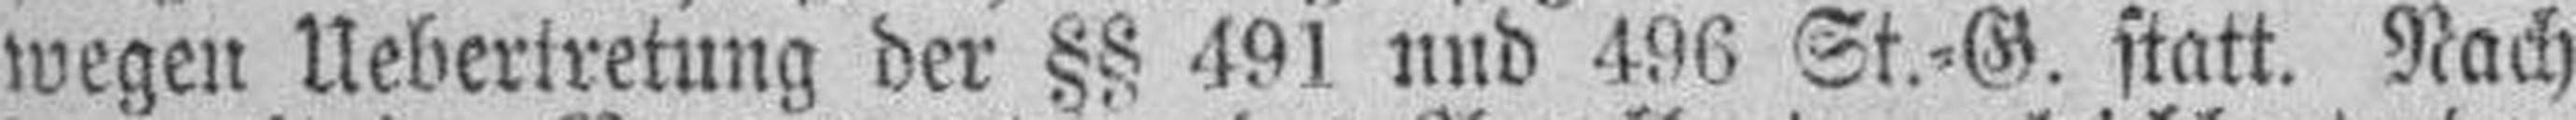
wegen Uebertretung der §§ 491 und 496 St.=G. statt. Nach